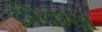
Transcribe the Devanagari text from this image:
द्रोकपा